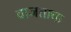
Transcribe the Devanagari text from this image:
वाजताचा